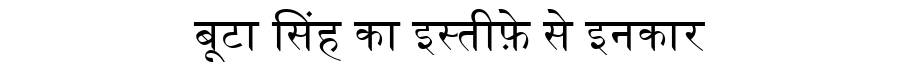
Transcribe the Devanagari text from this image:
बूटा सिंह का इस्तीफ़े से इनकार